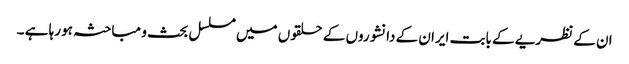
ان کے نظریے کے بابت ایران کے دانشوروں کے حلقوں میں مسلسل بحث و مباحثہ ہو رہا ہے ۔